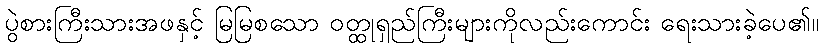
ပွဲစားကြီးသားအဖနှင့် မြမြစသော ဝတ္ထုရှည်ကြီးများကိုလည်းကောင်း ရေးသားခဲ့ပေ၏။